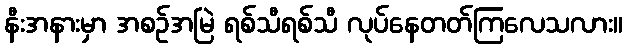
နီးအနားမှာ အစဉ်အမြဲ ရစ်သီရစ်သီ လုပ်နေတတ်ကြလေသလား။